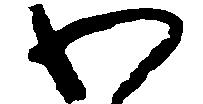
わ